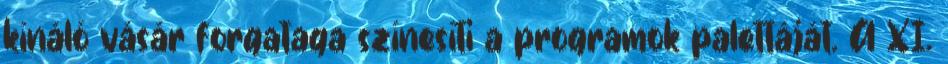
kínáló vásár forgataga színesíti a programok palettáját. A XI.